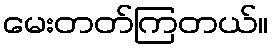
မေးတတ်ကြတယ်။